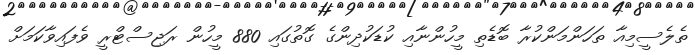
ތެލެސީމިއާ ތަހަންމަންކުރާ ބޮޑެތި މީހުންނާއި ކުޑަކުދިންގެ ގޮތުގައި 880 މީހުން ރަޖިސްޓްރީ ވެފައިވާކަމަށް